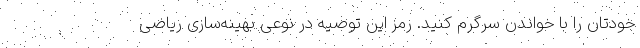
خودتان را با خواندن سرگرم کنید. رمز این توصیه در نوعی بهینه‌سازی ریاضی